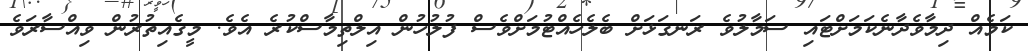
ކަމެއް ދިމާވެދާނެކަމަށްޓައި ސަމާލުވެ ރަނގަޅަށް ބެލެހެއްޓުމަށްވެސް ފުލުހުން އިލްތިމާސްކުރެ އެވެ. މީގެއިތުރުން ވިއްސާރަވެ